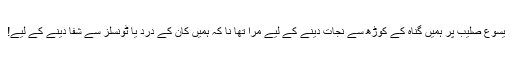
یسوع صلیب پر ہمیں گناہ کے کوڑھ سے نجات دینے کے لیے مرا تھا نا کہ ہمیں کان کے درد یا ٹونسلز سے شفا دینے کے لیے!